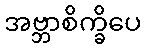
အဗ္ဘာစိက္ခိပေ